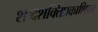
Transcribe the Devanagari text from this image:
शब्दशक्तिप्रकाशिका